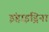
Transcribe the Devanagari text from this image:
इंहाइड्रिना